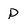
Character: P